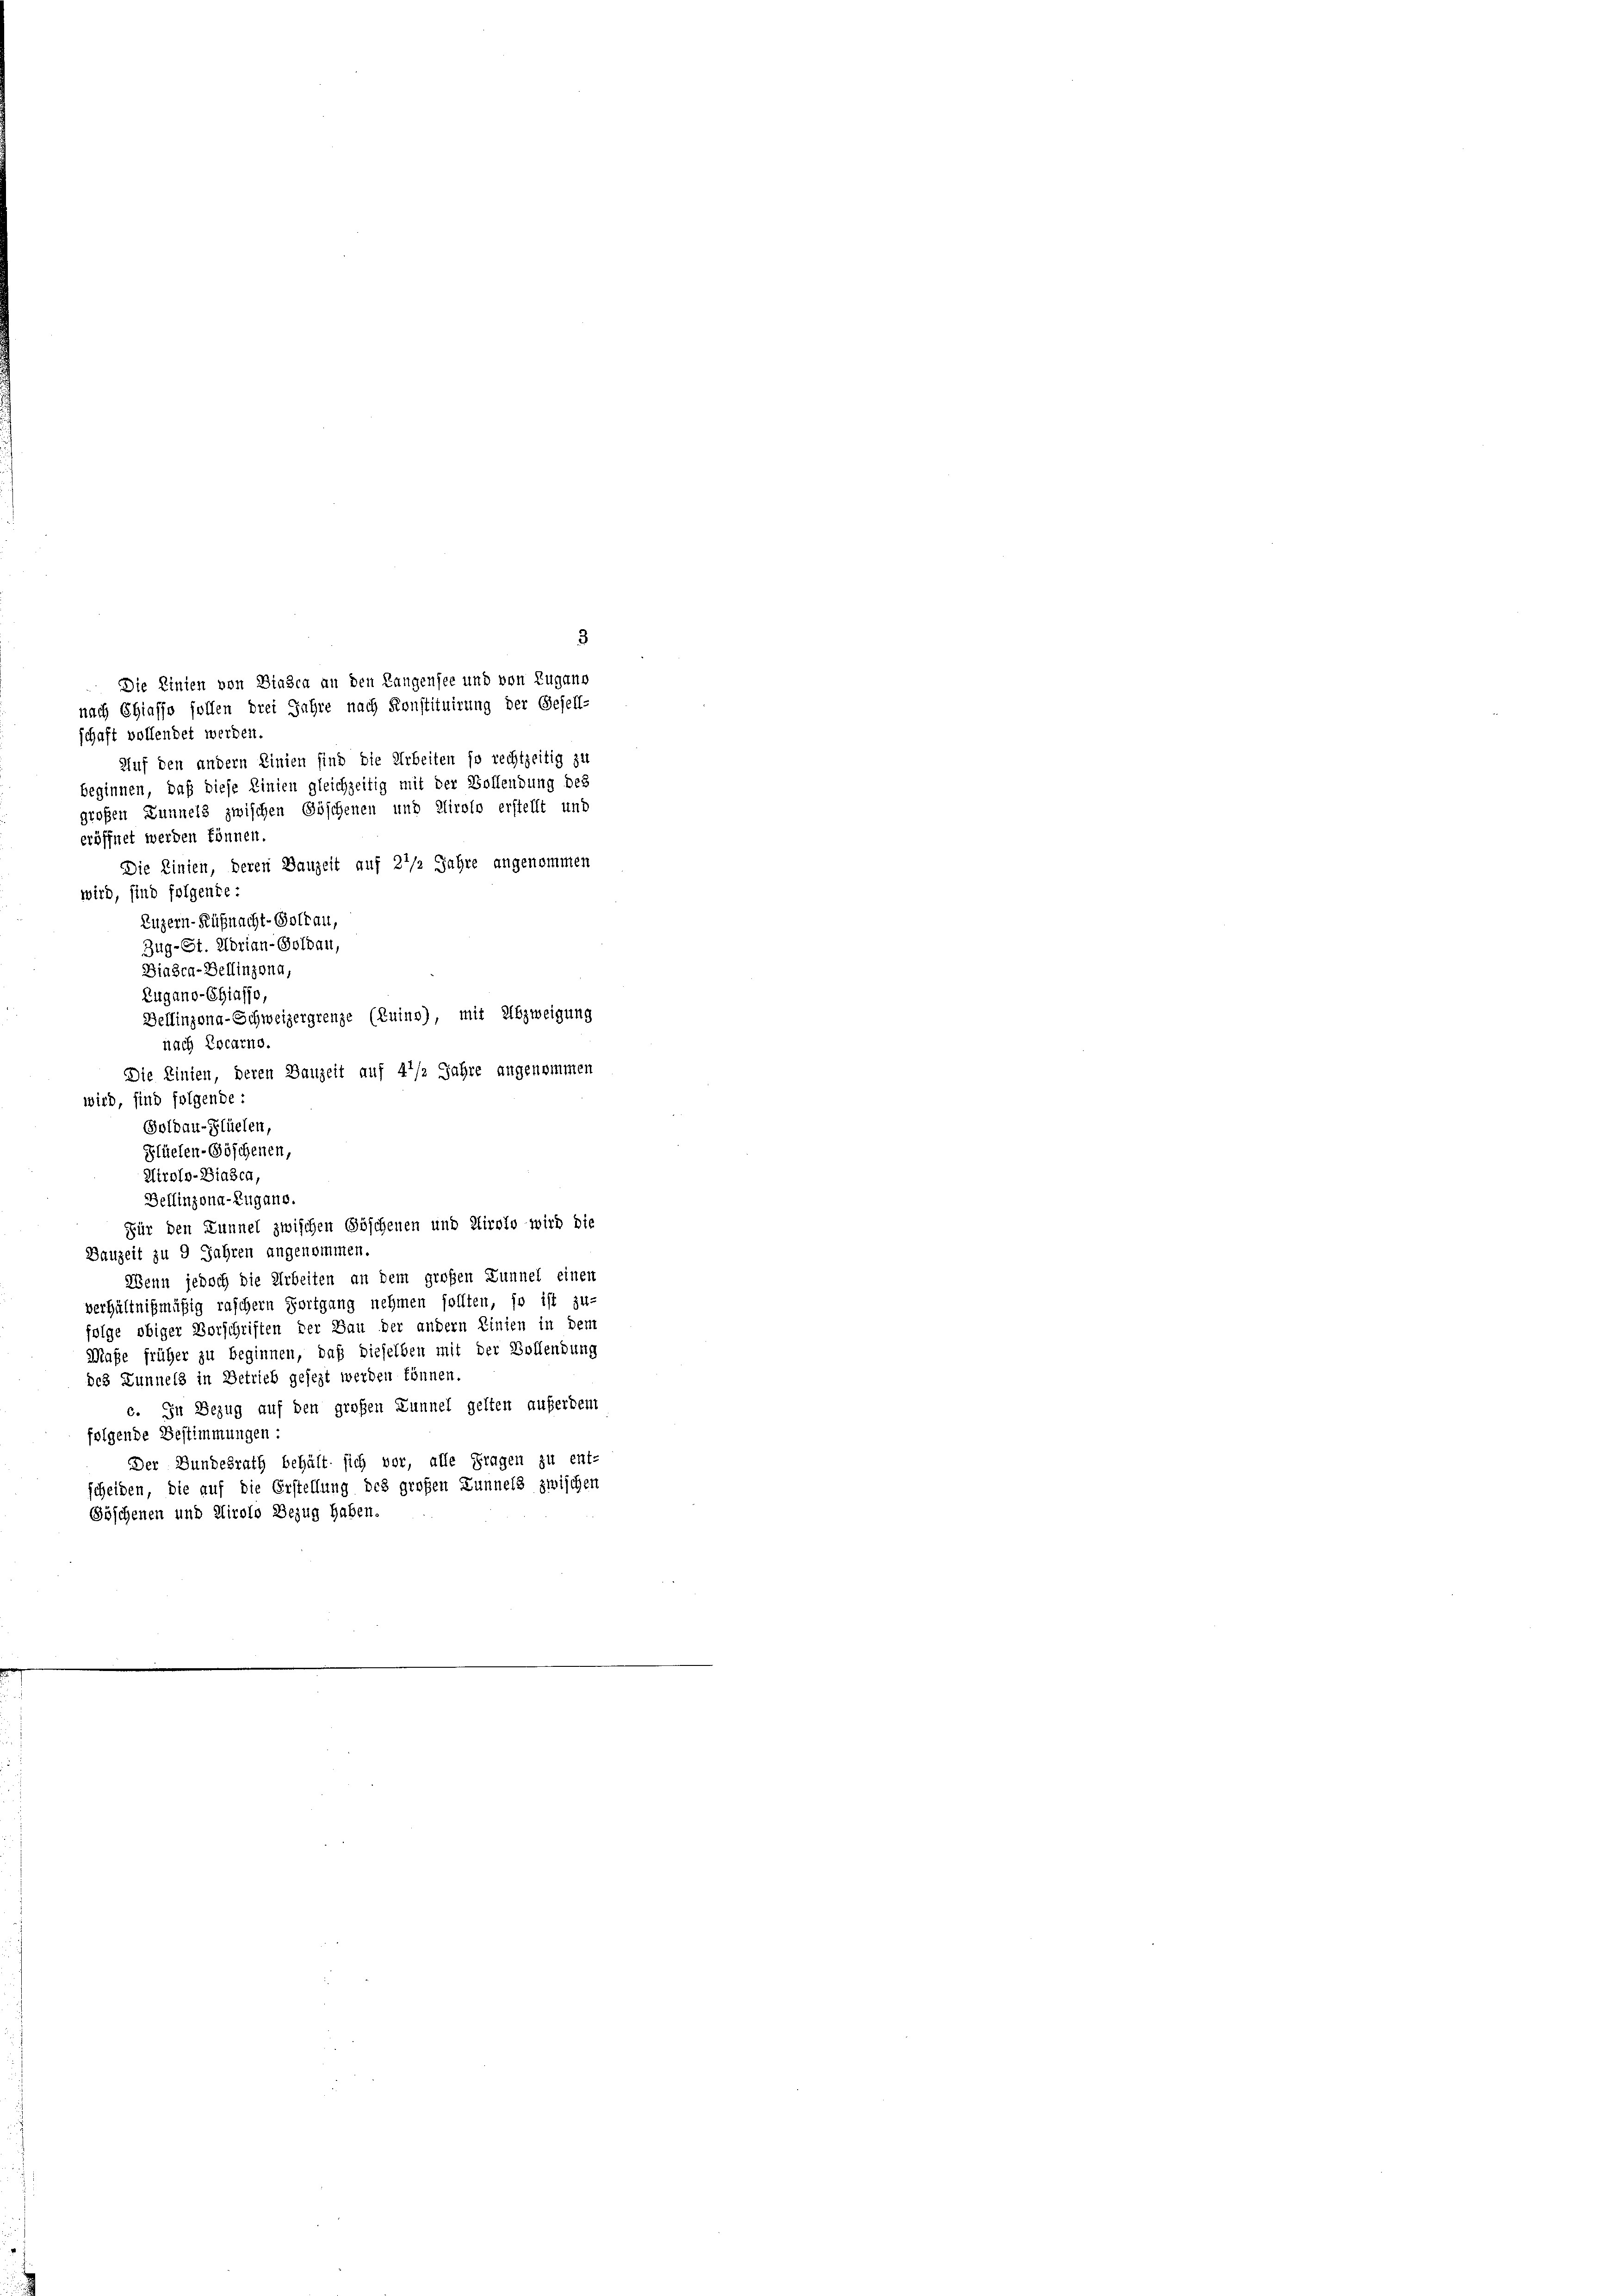
3
nach Chiasso sollen drei Jahre nach Konstituirung der Gesell-
schaft vollendet werden.
Auf den andern Linien sind die Arbeiten so rechtzeitig zu
beginnen, daß diese Linien gleichzeitig mit der Bollendung des
großen Lunnels zwischen Göschenen und Airolo erstellt und
eröffnet werden können.
Die Linien, deren Bauzeit auf 21/2 Jahre angenommen
wird, sind folgente:
Zuzern-Rüßnacht-Goldau,
Zug- St. Morian-Soldau,
Biasca-Bellinzona,
Zugano-Chiasso,
Bellinzona-Schweizergrenze (Zuins), mit Abzweigung
nach Locarno.
Die Linien, deren Bauzeit auf 4 1/2 Jahre angenommen
wird, sind folgende:
Solbau-Plüelen,
Flüelen-Göschenen,
Airolo-Biasca,
Bellinzona-Zugano.
Für den Lunnel zwischen Göschenen und Airolo wird die
Bauzeit zu 9 Jahren angenommen.
Wenn jedoch die Arbeiten an dem großen Lunnel einen
verhältnißmäßig raschern Fortgang nehmen sollten, so ist zu-
folge obiger Vorschriften der Bau der andern Linien in dem
Maße früher zu beginnen, daß dieselben mit der Bollendung
des Lunnels in Betrieb gesezt werden können.
c. In Bezug auf den großen Lunnel gelten auferdem
folgende Bestimmungen:
Der Bundesrath behält sich vor, alle Fragen zu ent-
scheiden, die auf die Erstellung des großen Lunnels zwischen
Göschenen und Airolo Bezug haben.

Die Einten von Biasca an den Langensee und von Zugano